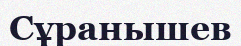
Сұранышев